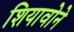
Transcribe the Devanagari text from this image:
शियावोने